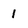
Character: 1